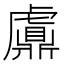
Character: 𧈂